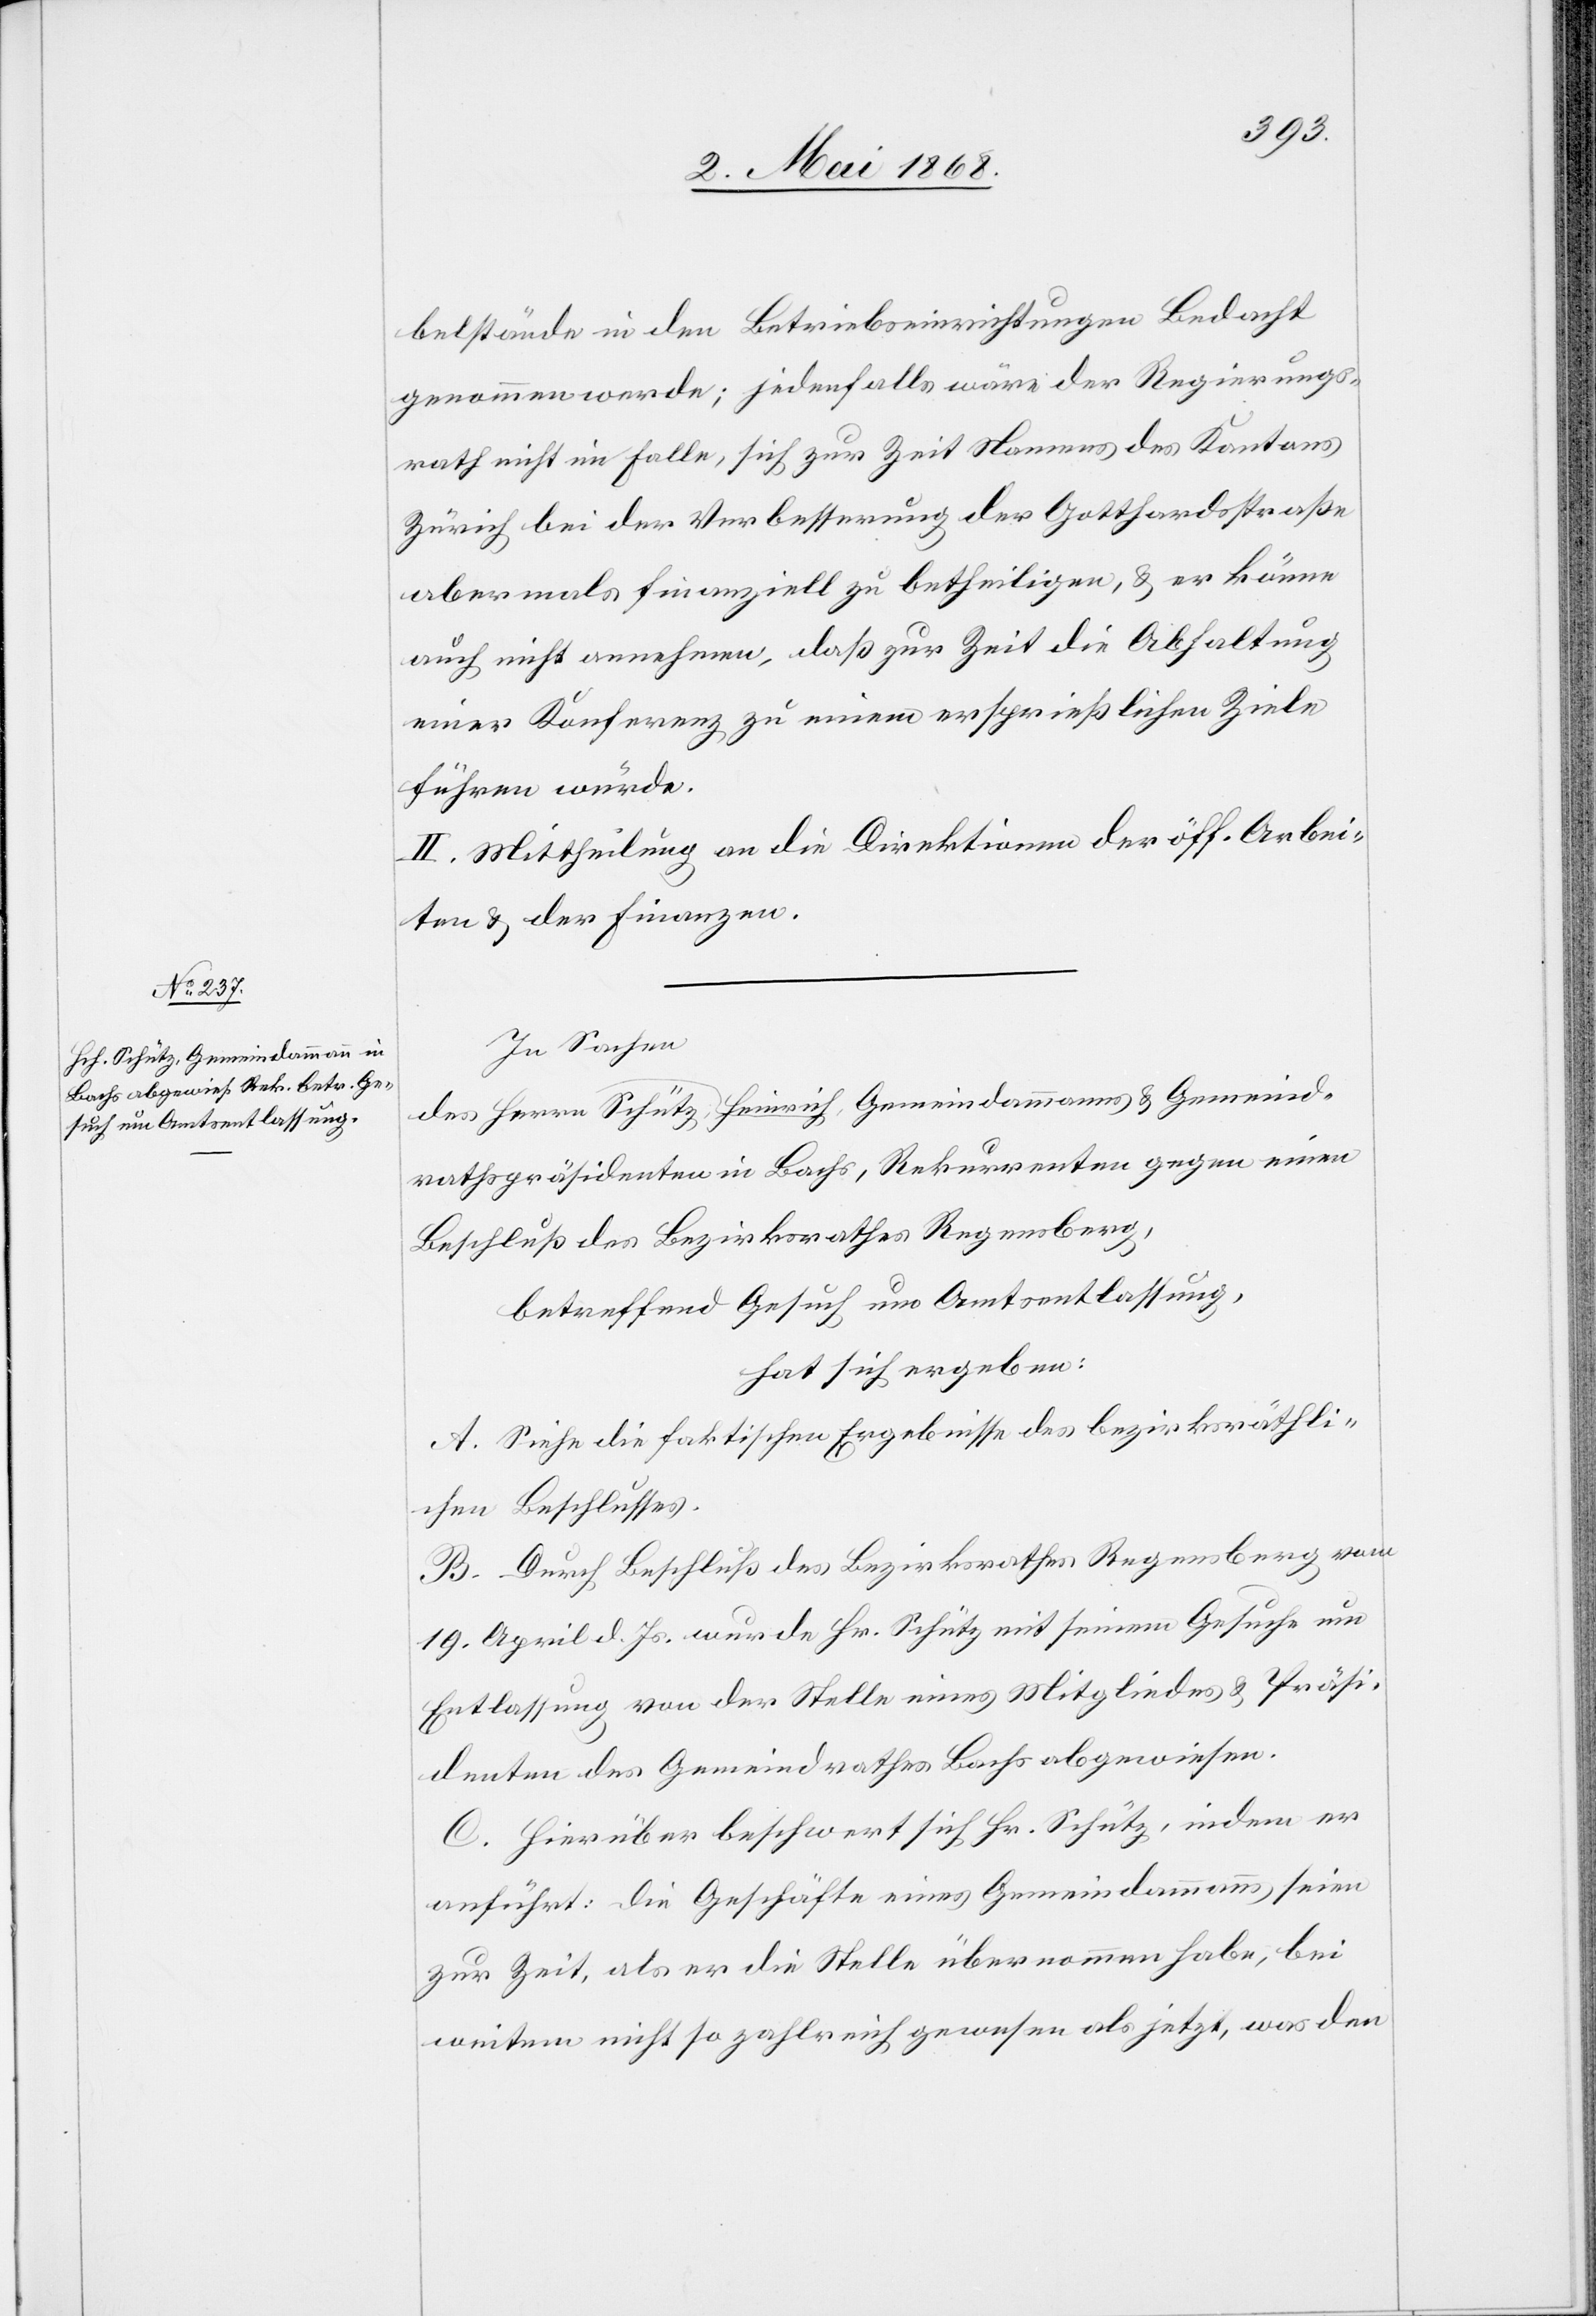
ich Schütz, Gemeindammanns

Gemeind¬
belstände in den Betriebseinrichtungen Bedacht
genommen werde; jedenfalls wäre der Regierungs¬
rath nicht im Falle, sich zur Zeit Namens des Kantons
Zürich bei der Verbesserung der Gotthardsstraße
abermals finanziell zu betheiligen, & er könne
auch nicht annehmen, daß zur Zeit die Abhaltung
einer Konferenz zu einem ersprießlichen Ziele
führen würde.
II. Mittheilung an die Direktion der öff. Arbei¬
ten & der Finanzen.
In Sachen
rathspräsidenten in Bachs, Rekurrenten gegen einen
Beschluß des Bezirksrathes Regensberg,
betreffend Gesuche um Amtsentlassung,
hat sich ergeben:
A. Siehe die faktischen Ergebnisse des bezirksräthli¬
chen Beschlusses.
B. Durch Beschluß des Bezirksrathes Regensberg vom
19. April d. Js. wurde Hr. Schütz mit seinem Gesuche um
Entlassung von der Stelle eines Mitgliedes & Präsi¬
denten des Gemeindrathes Bachs abgewiesen.
C. Hierüber beschwert sich Hr. Schütz, indem er
anführt: die Geschäfte eines Gemeindammanns seien
zur Zeit, als er die Stelle übernommen habe, bei
weitem nicht so zahlreich gewesen als jetzt, was den